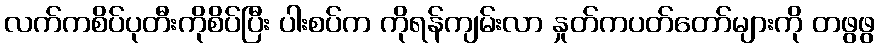
လက်ကစိပ်ပုတီးကိုစိပ်ပြီး ပါးစပ်က ကိုရန်ကျမ်းလာ နှုတ်ကပတ်တော်များကို တဖွဖွ